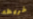
خريطه